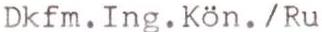
Dkfm. Ing. Kön. /Ru